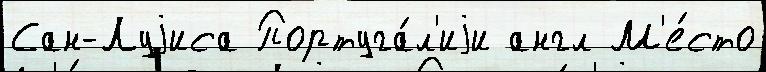
Сан-Луjиса Португа́л'иjи англ М'е́сто